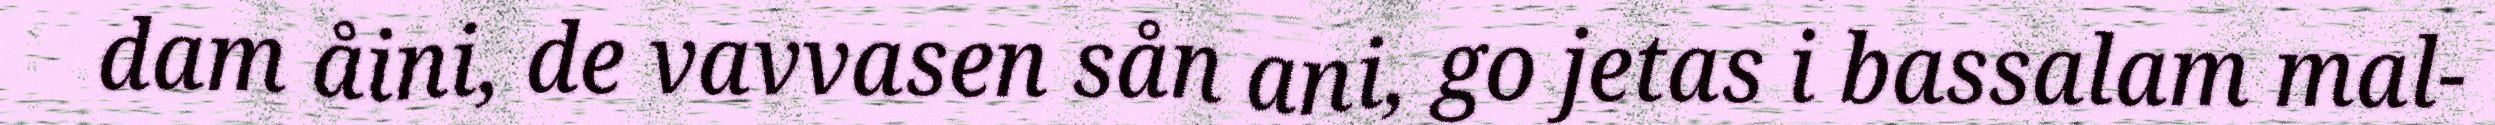
dam åini, de vavvasen sån ani, go jetas i bassalam mal-